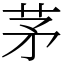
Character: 茅